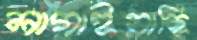
লাগাইয়াছি